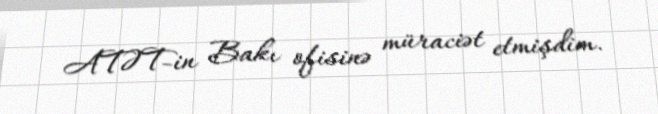
ATƏT-in Bakı ofisinə müraciət etmişdim.